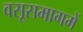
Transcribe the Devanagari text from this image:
वसूसमागमें